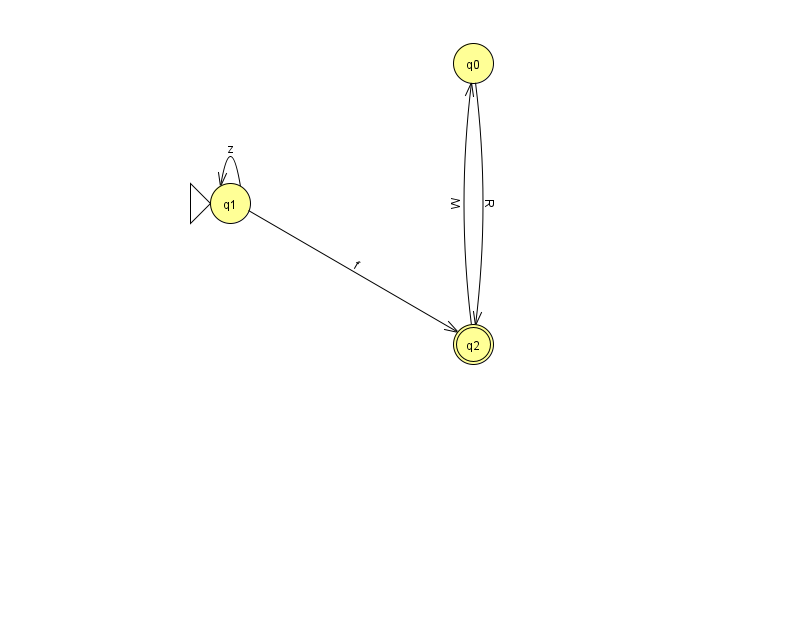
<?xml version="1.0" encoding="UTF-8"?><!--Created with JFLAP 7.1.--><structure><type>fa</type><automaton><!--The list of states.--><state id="0" name="q0"><x>473.0</x><y>50.0</y></state><state id="1" name="q1"><x>230.0</x><y>190.0</y><initial/></state><state id="2" name="q2"><x>473.0</x><y>331.0</y><final/></state><!--The list of transitions.--><transition><from>2</from><to>0</to><read>W</read></transition><transition><from>0</from><to>2</to><read>R</read></transition><transition><from>1</from><to>1</to><read>z</read></transition><transition><from>1</from><to>2</to><read>f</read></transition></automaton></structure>